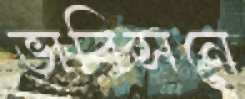
ভাবিসনে